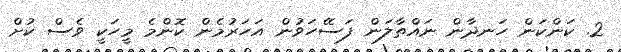
2. ކަންކަން ހަނދާން ނައްތާލަން ފަސޭހަވުން އަހަރުމެން ކޮންމެ މީހަކީ ވެސް ކުށް